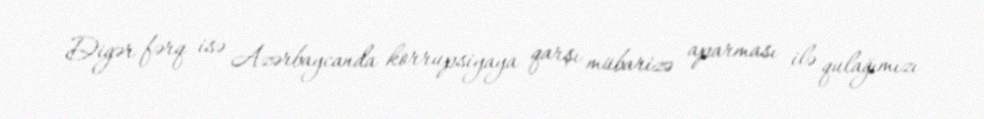
Digər fərq isə Azərbaycanda korrupsiyaya qarşı mübarizə aparması ilə qulağımızı